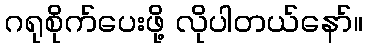
ဂရုစိုက်ပေးဖို့ လိုပါတယ်နော်။